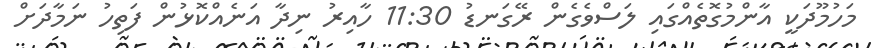
މަހުމޫދަކީ އާންމުގޮތެއްގައި ލަސްވެގެން ރޭގަނޑު 11:30 ހާއިރު ނިދާ އަނެއްކޮޅުން ފަތިހު ނަމާދަށް